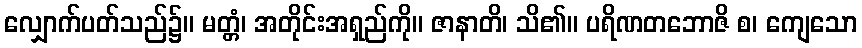
လျှောက်ပတ်သည်၌။ မတ္တံ၊ အတိုင်းအရှည်ကို။ ဇာနာတိ၊ သိ၏။ ပရိဏတဘောဇိ စ၊ ကျေသော